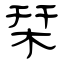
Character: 栞